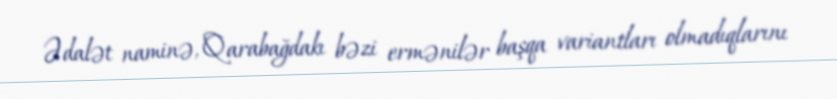
Ədalət naminə, Qarabağdakı bəzi ermənilər başqa variantları olmadıqlarını